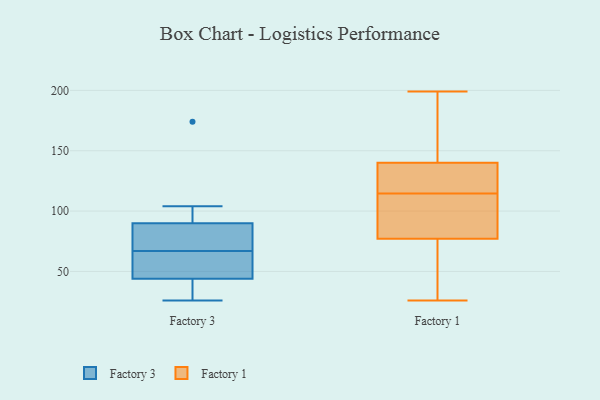
{"axis": {"x": "Customer Acquisition Cost (USD)", "y": "Value"}, "legend": ["Factory 1", "Factory 3"], "data": [{"x": "", "y": 26, "type": "Factory 3"}, {"x": "", "y": 174, "type": "Factory 3"}, {"x": "", "y": 49, "type": "Factory 3"}, {"x": "", "y": 28, "type": "Factory 3"}, {"x": "", "y": 42, "type": "Factory 3"}, {"x": "", "y": 56, "type": "Factory 3"}, {"x": "", "y": 104, "type": "Factory 3"}, {"x": "", "y": 78, "type": "Factory 3"}, {"x": "", "y": 46, "type": "Factory 3"}, {"x": "", "y": 80, "type": "Factory 3"}, {"x": "", "y": 80, "type": "Factory 3"}, {"x": "", "y": 100, "type": "Factory 3"}, {"x": "", "y": 77, "type": "Factory 1"}, {"x": "", "y": 111, "type": "Factory 1"}, {"x": "", "y": 149, "type": "Factory 1"}, {"x": "", "y": 128, "type": "Factory 1"}, {"x": "", "y": 199, "type": "Factory 1"}, {"x": "", "y": 140, "type": "Factory 1"}, {"x": "", "y": 26, "type": "Factory 1"}, {"x": "", "y": 118, "type": "Factory 1"}, {"x": "", "y": 78, "type": "Factory 1"}, {"x": "", "y": 50, "type": "Factory 1"}]}